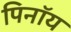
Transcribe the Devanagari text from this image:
पिनॉय